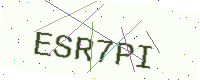
Text: ESR7PI